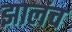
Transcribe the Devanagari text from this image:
झालंच